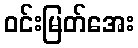
ဝင်းမြတ်အေး